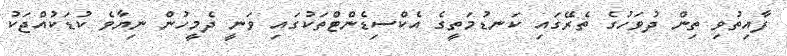
ފާއިތުވި ތިން ދުވަހުގެ ތެރޭގައި ކަނޑުމަތީގެ އެކްސިޑެންޓްތަކުގައި ވަނީ ދެމީހުން ނިޔާވެ ކުޑަކުއްޖަކު